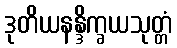
ဒုတိယနန္ဒိက္ခယသုတ္တံ